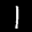
Label: 1